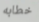
خطابه